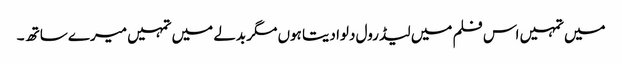
میں تمہیں اس فلم میں لیڈ رول دلوا دیتا ہوں مگر بدلے میں تمہیں میرے ساتھ ۔